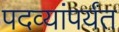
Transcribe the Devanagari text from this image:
पदव्यांपर्यंत